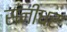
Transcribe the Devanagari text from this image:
रानीधर